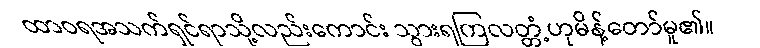
ထာဝရအသက်ရှင်ရာသို့လည်းကောင်း သွားရကြလတ္တံ့ဟုမိန့်တော်မူ၏။